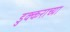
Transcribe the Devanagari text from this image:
डुक्कराच्या